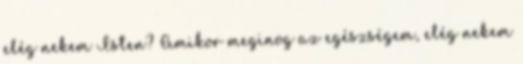
elég nekem Isten? Amikor meginog az egészségem, elég nekem